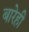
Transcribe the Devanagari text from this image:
बारेही